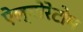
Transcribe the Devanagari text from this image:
ऐल्बोरेटोम